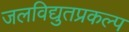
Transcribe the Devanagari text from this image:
जलविद्युतप्रकल्प